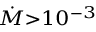
\scriptstyle { \dot { M } } > 1 0 ^ { - 3 }